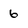
Character: 6